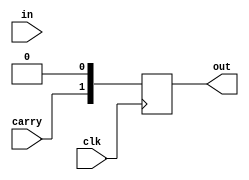
module flag(clk,carry,in,out);
// flag register give 2 bit output  carry,zero;
input[31:0] in;
output reg[1:0] out;
input carry,clk;

always@(posedge clk)
begin
if(in==32'h00000000)
begin
out=2'b10;
end
else
begin
out=2'b00;
end

out[1]=carry;

end
endmodule